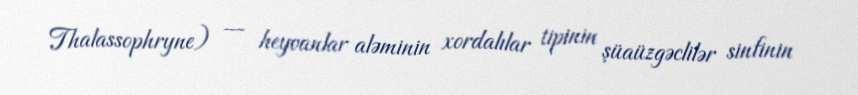
Thalassophryne) — heyvanlar aləminin xordalılar tipinin şüaüzgəclilər sinfinin